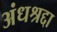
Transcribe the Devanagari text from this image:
अंधश्रद्दा